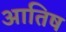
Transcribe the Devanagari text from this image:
आतिष